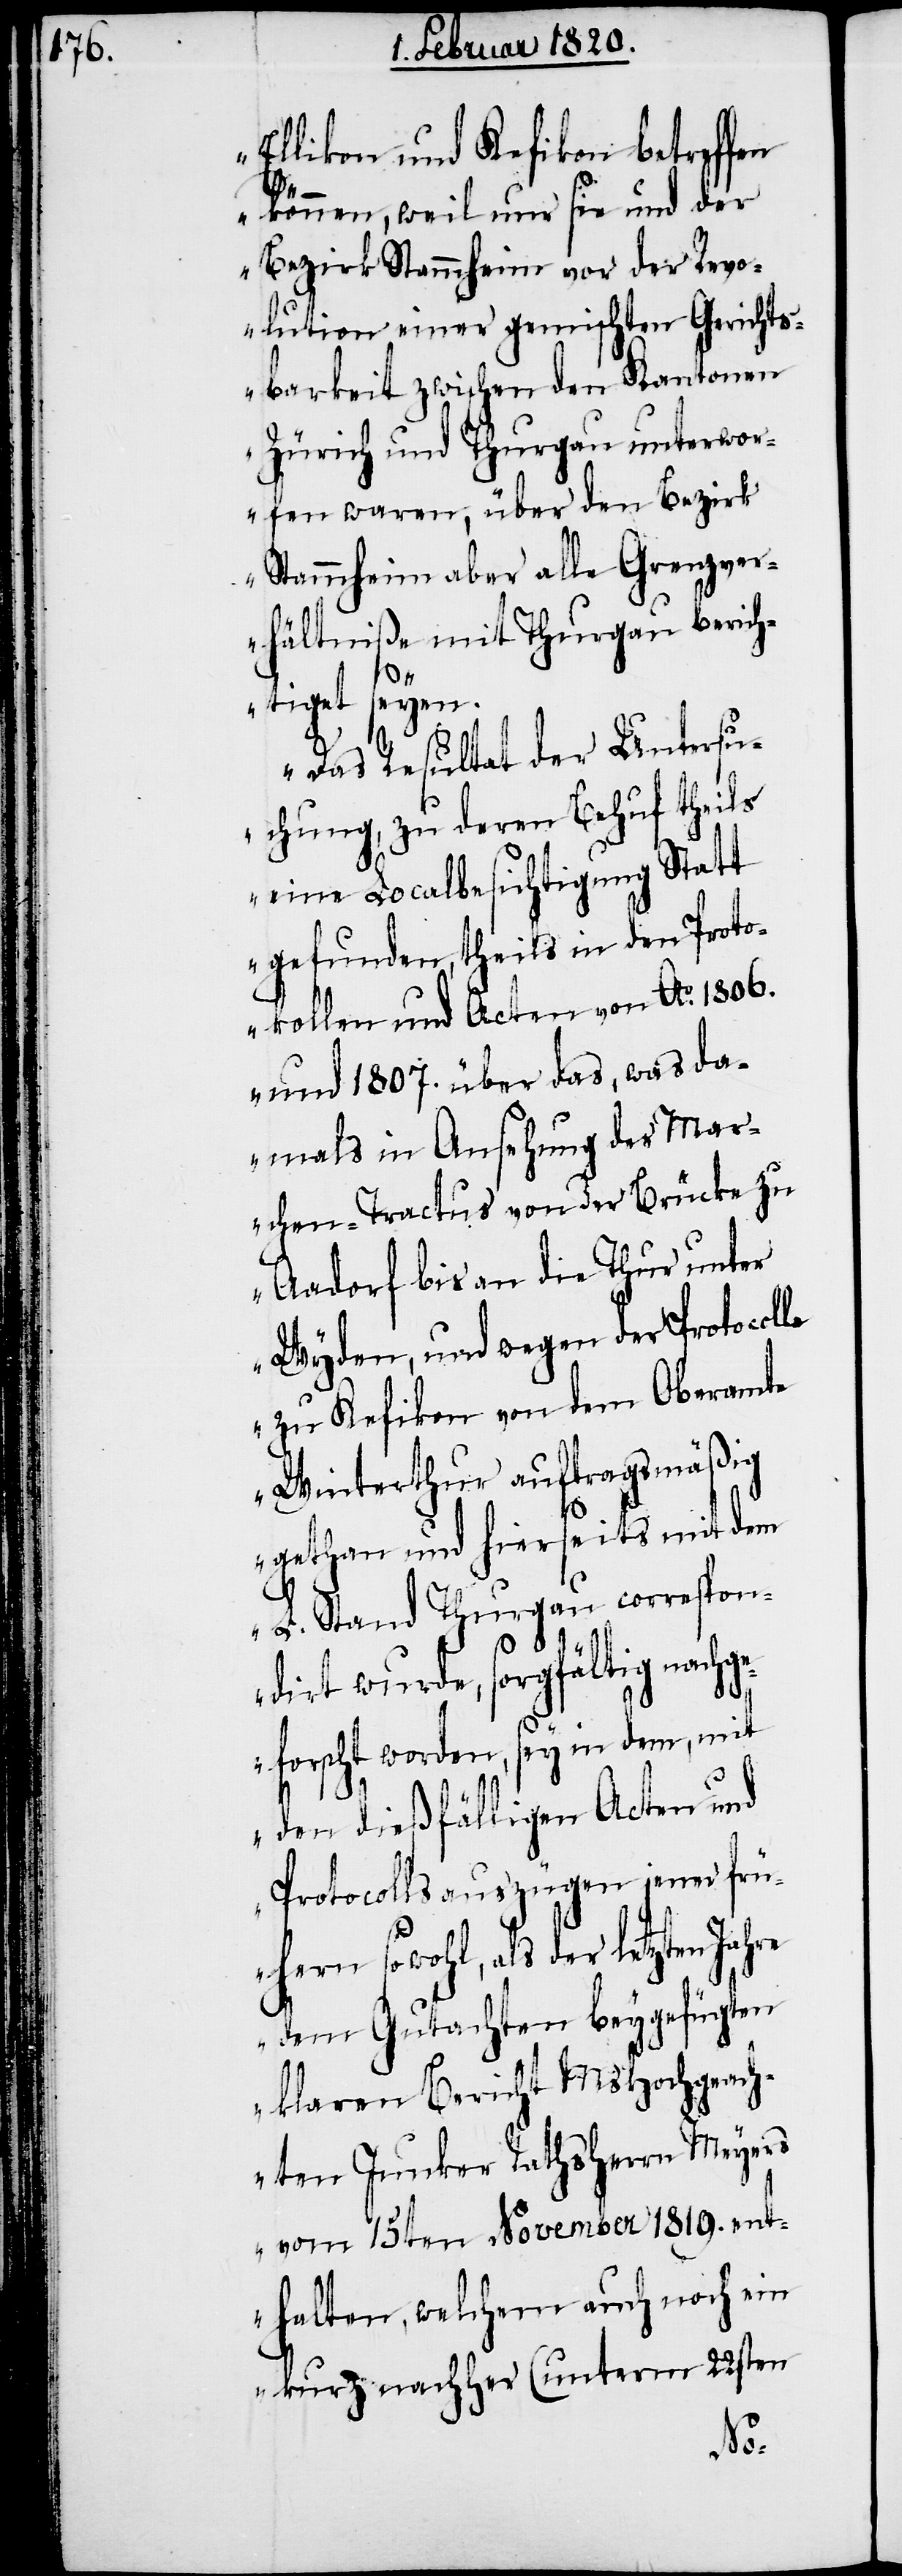
Ellikon und Kefikon betreffen
können, weil nur sie und der
Bezirk Stammheim vor der Revo¬
lution einer gemischten Gerichts¬
barkeit zwischen den Kantonen
Zürich und Thurgau unterwor¬
fen waren, über den Bezirk
Stammheim aber alle Grenzve¬
rhältniße mit Thurgau berich¬
tiget seyen.
Das Resultat der Untersu¬
chung, zu deren Behuf theils
eine Localbesichtigung Statt
gefunden, theils in den Proto¬
kollen und Acten von Ao. 1806.
und 1807. über das, was da¬
mals in Ansehung des Mar¬
chen-Tractus von der Brücke zu
Aadorf bis an die Thur unter
Wyden, und wegen der Protocolle
zu Kefikon von dem Oberamte
Winterthur auftragsmäßig
gethan und hierseits mit dem
L. Stand Thurgau correspn¬
dirt wurde, sorgfältig nachg¬
eforscht worden, sey in dem, mit
den dießfälligen Acten und
Protocollsauszügen jener frü¬
hern sowohl, als der letzten Jahre
dem Gutachten beygefügten
klaren Bericht MsHochgeach¬
ten Junker Rathsherrn Meyers
vom 15ten November 1819. ent¬
halten, welchem auch noch ein
kurz nachher (unterm 22sten